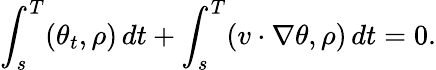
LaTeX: \int_{s}^{T}(\theta_{t},\rho)\, dt+\int_{s}^{T}(v\cdot\nabla\theta,\rho)\, dt=0.